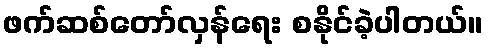
ဖက်ဆစ်တော်လှန်ရေး စနိုင်ခဲ့ပါတယ်။